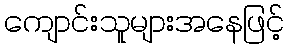
ကျောင်းသူများအနေဖြင့်